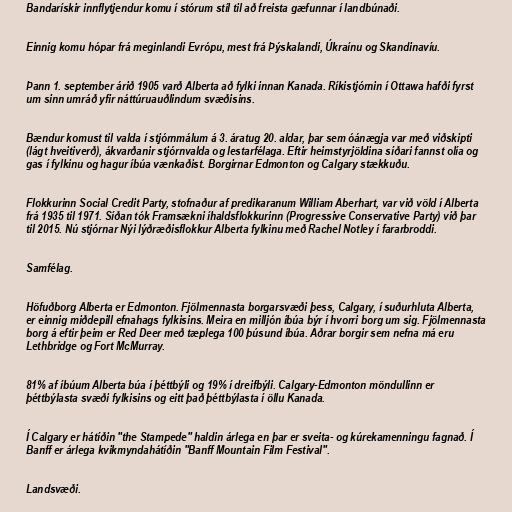
Bandarískir innflytjendur komu í stórum stíl til að freista gæfunnar í landbúnaði.

Einnig komu hópar frá meginlandi Evrópu, mest frá Þýskalandi, Úkraínu og Skandinavíu.

Þann 1. september árið 1905 varð Alberta að fylki innan Kanada. Ríkistjórnin í Ottawa hafði fyrst
um sinn umráð yfir náttúruauðlindum svæðisins.

Bændur komust til valda í stjórnmálum á 3. áratug 20. aldar, þar sem óánægja var með viðskipti
(lágt hveitiverð), ákvarðanir stjórnvalda og lestarfélaga. Eftir heimstyrjöldina síðari fannst olía og
gas í fylkinu og hagur íbúa vænkaðist. Borgirnar Edmonton og Calgary stækkuðu.

Flokkurinn Social Credit Party, stofnaður af predikaranum William Aberhart, var við völd í Alberta
frá 1935 til 1971. Síðan tók Framsækni íhaldsflokkurinn (Progressive Conservative Party) við þar
til 2015. Nú stjórnar Nýi lýðræðisflokkur Alberta fylkinu með Rachel Notley í fararbroddi.

Samfélag.

Höfuðborg Alberta er Edmonton. Fjölmennasta borgarsvæði þess, Calgary, í suðurhluta Alberta,
er einnig miðdepill efnahags fylkisins. Meira en milljón íbúa býr í hvorri borg um sig. Fjölmennasta
borg á eftir þeim er Red Deer með tæplega 100 þúsund íbúa. Aðrar borgir sem nefna má eru
Lethbridge og Fort McMurray.

81% af íbúum Alberta búa í þéttbýli og 19% í dreifbýli. Calgary-Edmonton möndullinn er
þéttbýlasta svæði fylkisins og eitt það þéttbýlasta í öllu Kanada.

Í Calgary er hátíðin "the Stampede" haldin árlega en þar er sveita- og kúrekamenningu fagnað. Í
Banff er árlega kvikmyndahátíðin "Banff Mountain Film Festival".

Landsvæði.